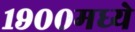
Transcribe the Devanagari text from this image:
१९००मध्ये